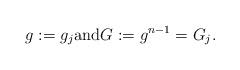
LaTeX: \begin{align*} g:= g_j \mbox{and} G:=g^{n-1}= G_j.\end{align*}